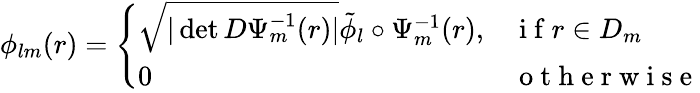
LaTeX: \phi_{lm}(r)=\left\{ \begin{array}{ll}{\sqrt{|\operatorname*{det}D\Psi_{m}^{-1}(r)|}\tilde{\phi}_{l}\circ\Psi_{m}^{-1}(r),}&{\mathrm{~i~f~}r\in D_{m}}\\ {0}&{\mathrm{~o~t~h~e~r~w~i~s~e~}}\end{array}\right.